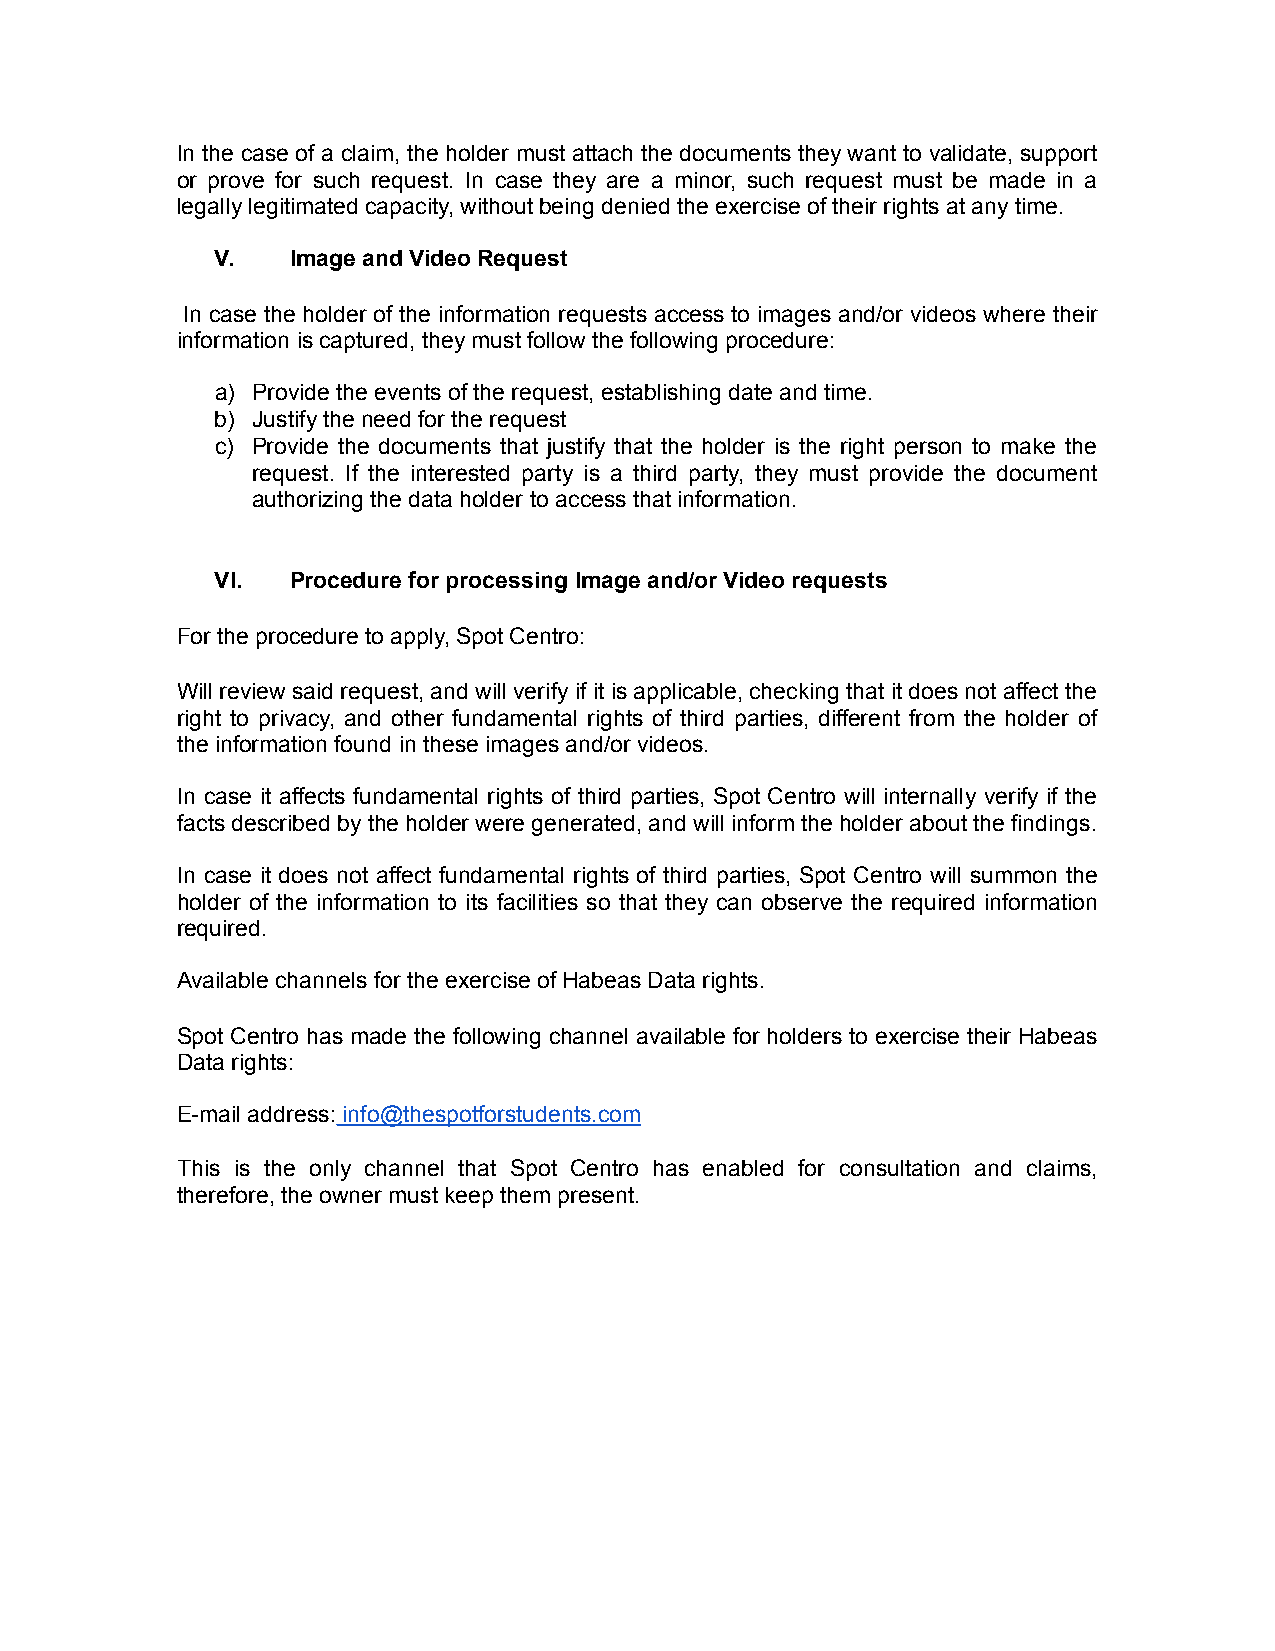
In the case of a claim, the holder must attach the documents they want to validate, support
 or prove for such request. In case they are a minor, such request must be made in a
 legally legitimated capacity, without being denied the exercise of their rights at any time.
 V.   Image and Video Request
 In case the holder of the information requests access to images and/or videos where their
 information is captured, they must follow the following procedure:
 a) Provide the events of the request, establishing date and time.
 b) Justify the need for the request
 c) Provide the documents that justify that the holder is the right person to make the
 request. If the interested party is a third party, they must provide the document
 authorizing the data holder to access that information.
 VI.  Procedure for processing Image and/or Video requests
 For the procedure to apply, Spot Centro:
 Will review said request, and will verify if it is applicable, checking that it does not affect the
 right to privacy, and other fundamental rights of third parties, different from the holder of
 the information found in these images and/or videos.
 In case it affects fundamental rights of third parties, Spot Centro will internally verify if the
 facts described by the holder were generated, and will inform the holder about the findings.
 In case it does not affect fundamental rights of third parties, Spot Centro will summon the
 holder of the information to its facilities so that they can observe the required information
 required.
 Available channels for the exercise of Habeas Data rights.
 Spot Centro has made the following channel available for holders to exercise their Habeas
 Data rights:
 E-mail address: info@thespotforstudents.com
 This is the only channel that Spot Centro has enabled for consultation and claims,
 therefore, the owner must keep them present.